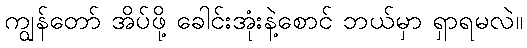
ကျွန်တော် အိပ်ဖို့ ခေါင်းအုံးနဲ့စောင် ဘယ်မှာ ရှာရမလဲ။